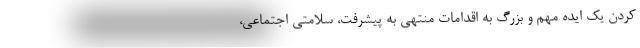
کردن یک ایده مهم و بزرگ به اقدامات منتهی به پیشرفت، سلامتی اجتماعی،